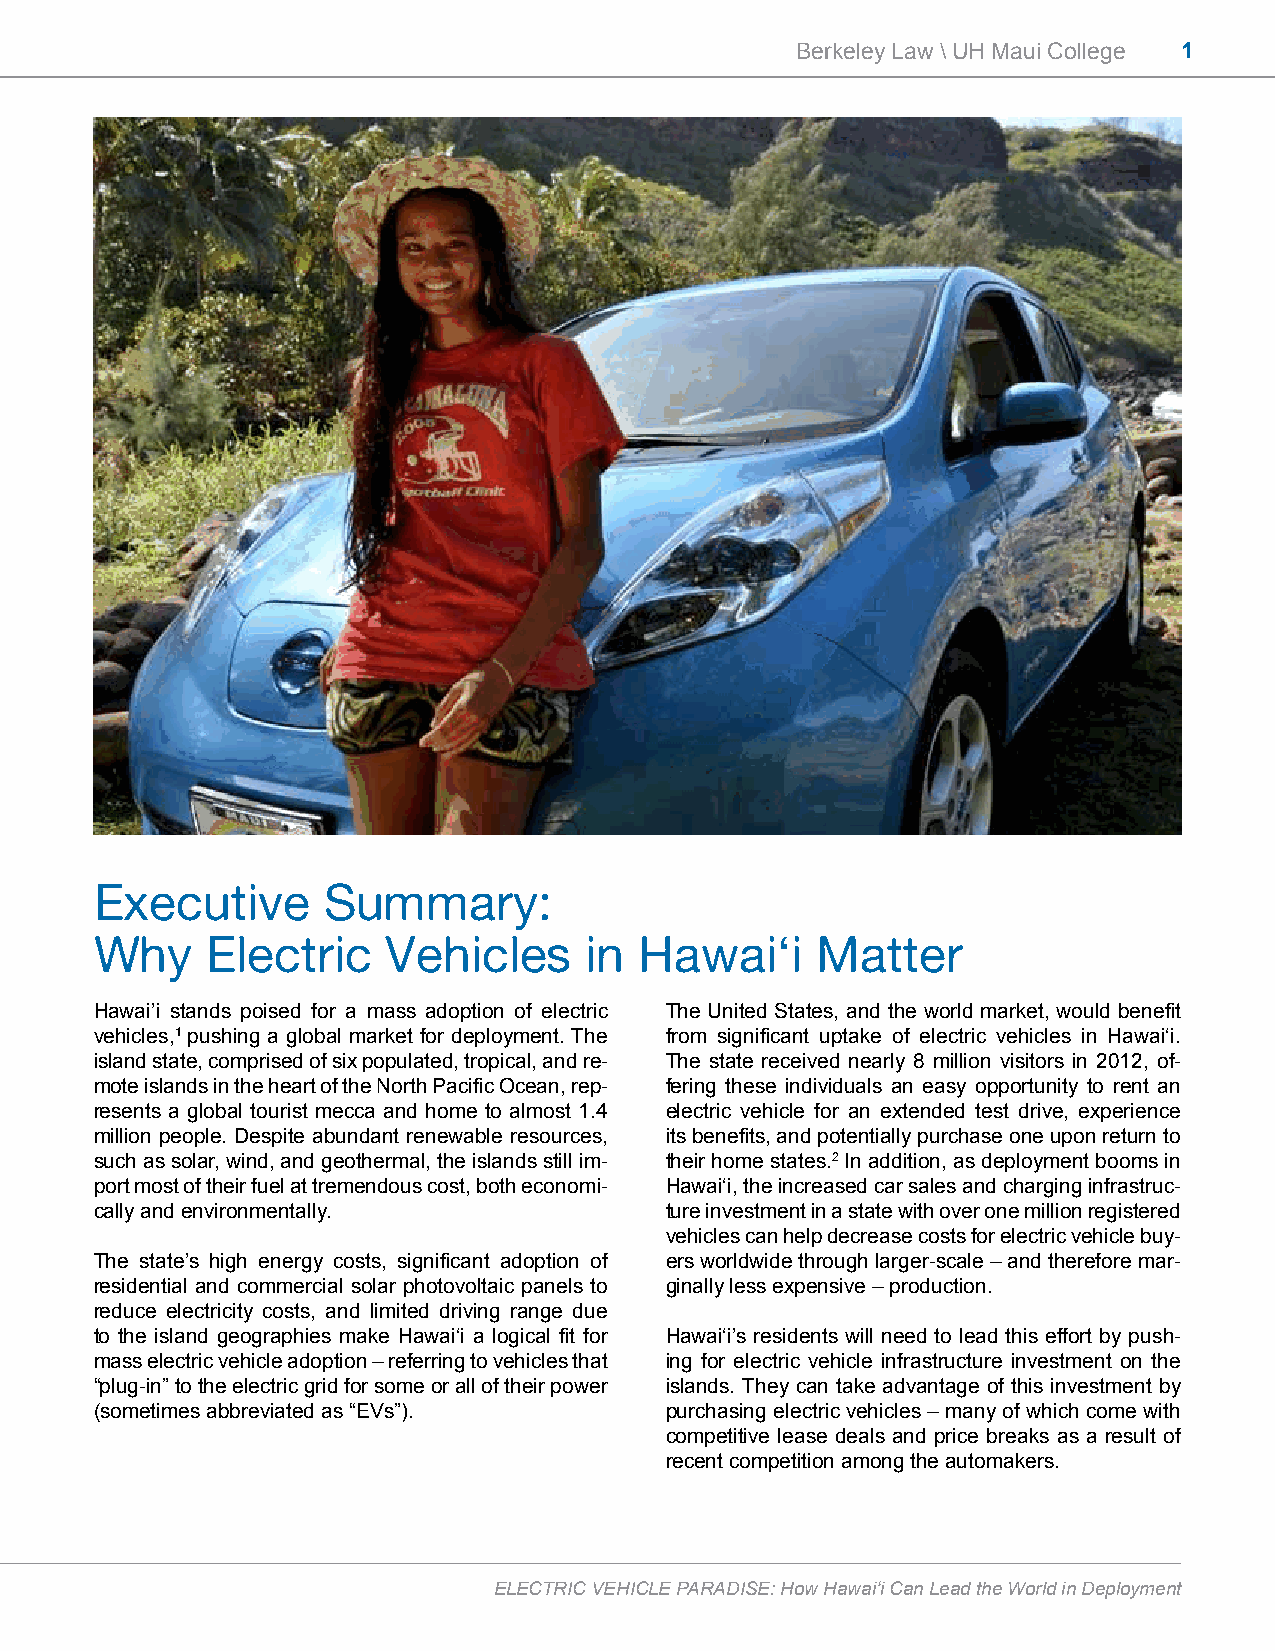
Berkeley Law \ UH Maui College 1
 Executive      Summary:
 Why     Electric    Vehicles     in Hawai‘i     Matter
 Hawai’i stands poised for a mass adoption of electric The United States, and the world market, would benefit
 vehicles,1 pushing a global market for deployment. The from significant uptake of electric vehicles in Hawai‘i.
 island state, comprised of six populated, tropical, and re- The state received nearly 8 million visitors in 2012, of-
 mote islands in the heart of the North Pacific Ocean, rep- fering these individuals an easy opportunity to rent an
 resents a global tourist mecca and home to almost 1.4 electric vehicle for an extended test drive, experience
 million people. Despite abundant renewable resources, its benefits, and potentially purchase one upon return to
 such as solar, wind, and geothermal, the islands still im- their home states.2 In addition, as deployment booms in
 port most of their fuel at tremendous cost, both economi- Hawai‘i, the increased car sales and charging infrastruc-
 cally and environmentally.            ture investment in a state with over one million registered
 vehicles can help decrease costs for electric vehicle buy-
 The state’s high energy costs, significant adoption of ers worldwide through larger-scale – and therefore mar-
 residential and commercial solar photovoltaic panels to ginally less expensive – production.
 reduce electricity costs, and limited driving range due
 to the island geographies make Hawai‘i a logical fit for Hawai‘i’s residents will need to lead this effort by push-
 mass electric vehicle adoption – referring to vehicles that ing for electric vehicle infrastructure investment on the
 “plug-in” to the electric grid for some or all of their power islands. They can take advantage of this investment by
 (sometimes abbreviated as “EVs”).     purchasing electric vehicles – many of which come with
 competitive lease deals and price breaks as a result of
 recent competition among the automakers.
 ELECTRIC VEHICLE PARADISE: How Hawai‘i Can Lead the World in Deployment